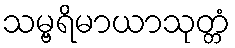
သမ္ဗရိမာယာသုတ္တံ